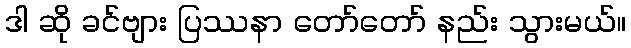
ဒါ ဆို ခင်ဗျား ပြဿနာ တော်တော် နည်း သွားမယ်။